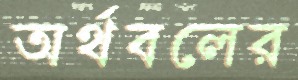
অর্থবলের